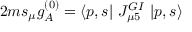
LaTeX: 2 m s _ { \mu } g _ { A } ^ { ( 0 ) } = \langle p , s | \ J _ { \mu 5 } ^ { G I } \ | p , s \rangle